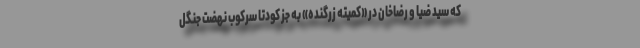
که سید ضیا و رضاخان در «کمیته زرگنده» به جز کودتا سرکوب نهضت جنگل